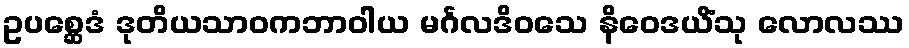
ဥပစ္ဆေဒံ ဒုတိယသာဝကဘာဝါယ မင်္ဂလဒိဝသေ နိဝေဒယိံသု လောလဿ